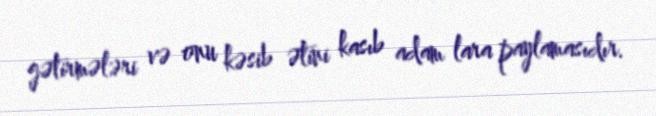
gətirmələri və onu kəsib ətini kasıb adam lara paylamasıdır.